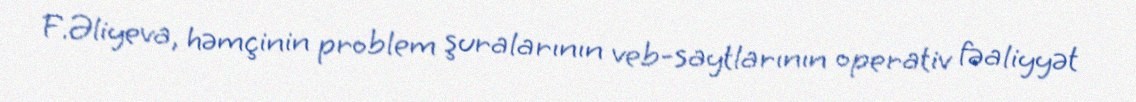
F.Əliyeva, həmçinin problem şuralarının veb-saytlarının operativ fəaliyyət